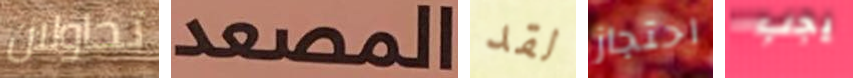
تحاولان المصعد لقد احتجاز يجب